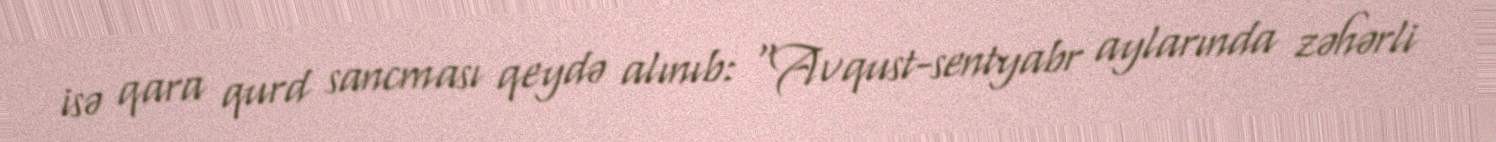
isə qara qurd sancması qeydə alınıb: "Avqust-sentyabr aylarında zəhərli